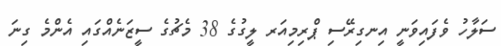
ސަލާހު ވެފައިވަނީ އިނގިރޭސި ޕްރިމިއަރ ލީގުގެ 38 މެޗުގެ ސީޒަނެއްގައި އެންމެ ގިނަ